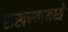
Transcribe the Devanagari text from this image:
राखण्यामध्ये